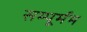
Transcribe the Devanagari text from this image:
सम्पूर्मम